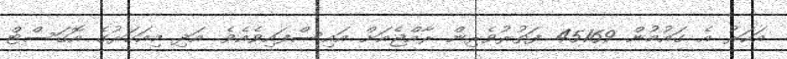
އަހަރު އެ ގައުމުން 45169 ފަތުރުވެރިން ރާއްޖެއަށް އައިސްފައިވެއެވެ. އަދި މިއަހަރުގެ އޮގަސްޓް